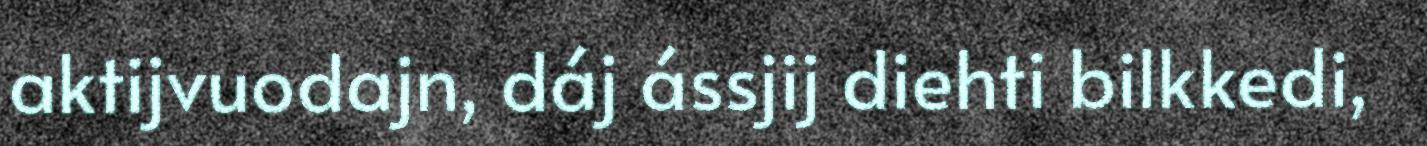
aktijvuodajn, dáj ássjij diehti bilkkedi,